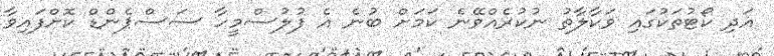
އަދި ކޯޓުތަކުގައި ވަކާލާތު ނުކުރެއްވޭނެ ކަމަށް ބުނެ އެ ފުލުސްމީހާ ސަސްޕެންޑް ކޮށްފައިވާ